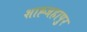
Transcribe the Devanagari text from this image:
शाह्जहापुर